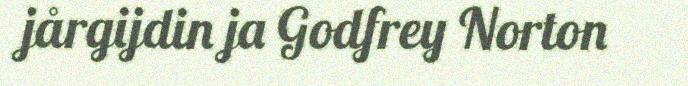
jårgijdin ja Godfrey Norton